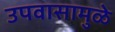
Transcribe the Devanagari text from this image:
उपवासामुळे